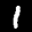
Label: 1